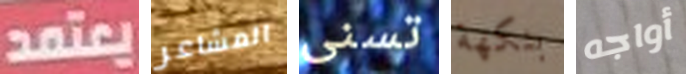
يعتمد المشاعر تسنى بنكهة أواجه